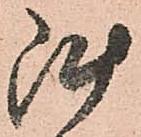
陣